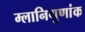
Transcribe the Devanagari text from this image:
म्लानिगुणांक